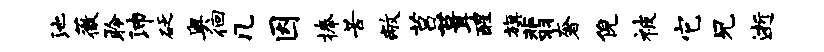
池薇聆沛砭奥徊几因捧苦敝莒葺醒旗翡奢倪被它兄逝